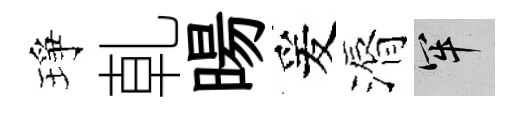
琤乹暘爰漘牢